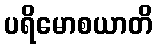
ပရိမောစယာတိ